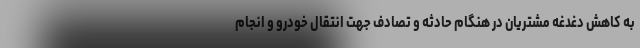
به کاهش دغدغه مشتریان در هنگام حادثه و تصادف جهت انتقال خودرو و انجام